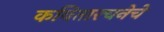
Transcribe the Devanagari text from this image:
कवितारचनेचे